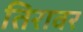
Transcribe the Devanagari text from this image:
तिरावर